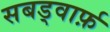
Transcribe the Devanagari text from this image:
सबड्वार्फ़